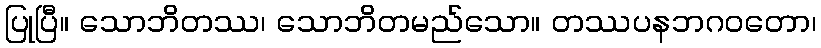
ပြုပြီ။ သောဘိတဿ၊ သောဘိတမည်သော။ တဿပနဘဂဝတော၊